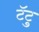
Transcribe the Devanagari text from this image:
टॅटु